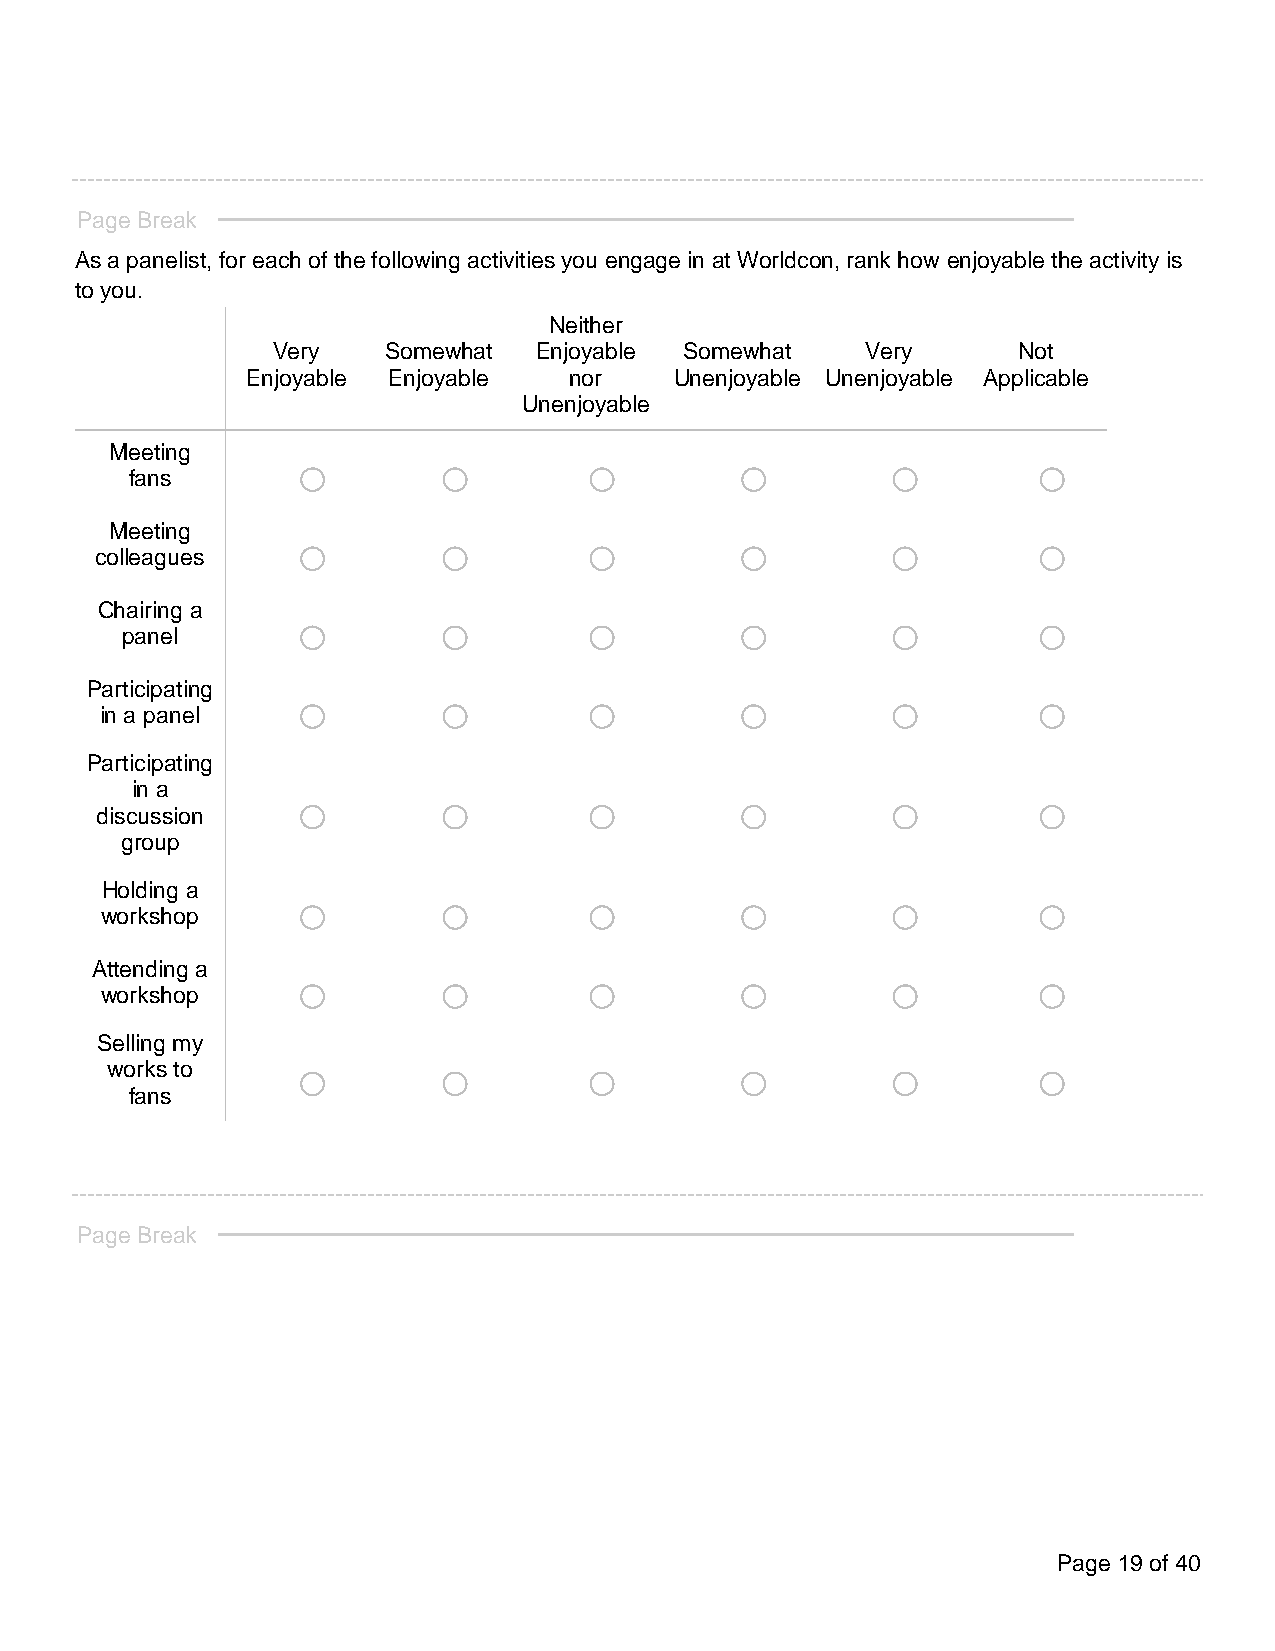
Page Break
 As a panelist, for each of the following activities you engage in at Worldcon, rank how enjoyable the activity is
 to you.
 Neither
 Very   Somewhat  Enjoyable Somewhat    Very      Not
 Enjoyable Enjoyable   nor    Unenjoyable Unenjoyable Applicable
 Unenjoyable
 Meeting      o        o         o         o         o         o
 fans
 Meeting      o        o         o         o         o         o
 colleagues
 Chairing a    o        o         o         o         o         o
 panel
 Participating o        o         o         o         o         o
 in a panel
 Participating
 in a       o        o         o         o         o         o
 discussion
 group
 Holding a    o        o         o         o         o         o
 workshop
 Attending a   o        o         o         o         o         o
 workshop
 Selling my
 o        o         o         o         o         o
 works to
 fans
 Page Break
 Page 19 of 40